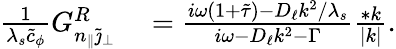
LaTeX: \begin{array}{rl}{\frac{1}{\lambda_{s}\tilde{c}_{\phi}}G_{n_{\| }\tilde{\jmath}_{\perp}}^{R}}&{{}=\frac{i\omega(1+\tilde{\tau})-D_{\ell}k^{2}/\lambda_{s}}{i\omega-D_{\ell}k^{2}-\Gamma}\frac{*k}{|k|}.}\end{array}